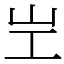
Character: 㞬